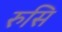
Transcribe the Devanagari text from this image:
रुसि